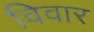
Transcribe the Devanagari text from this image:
विवार